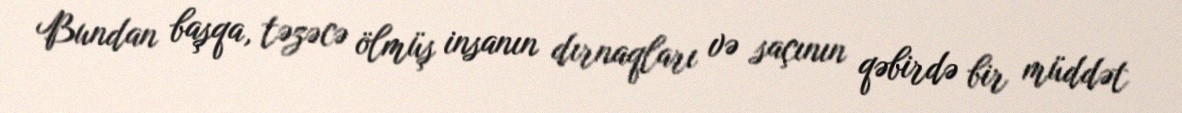
Bundan başqa, təzəcə ölmüş insanın dırnaqları və saçının qəbirdə bir müddət